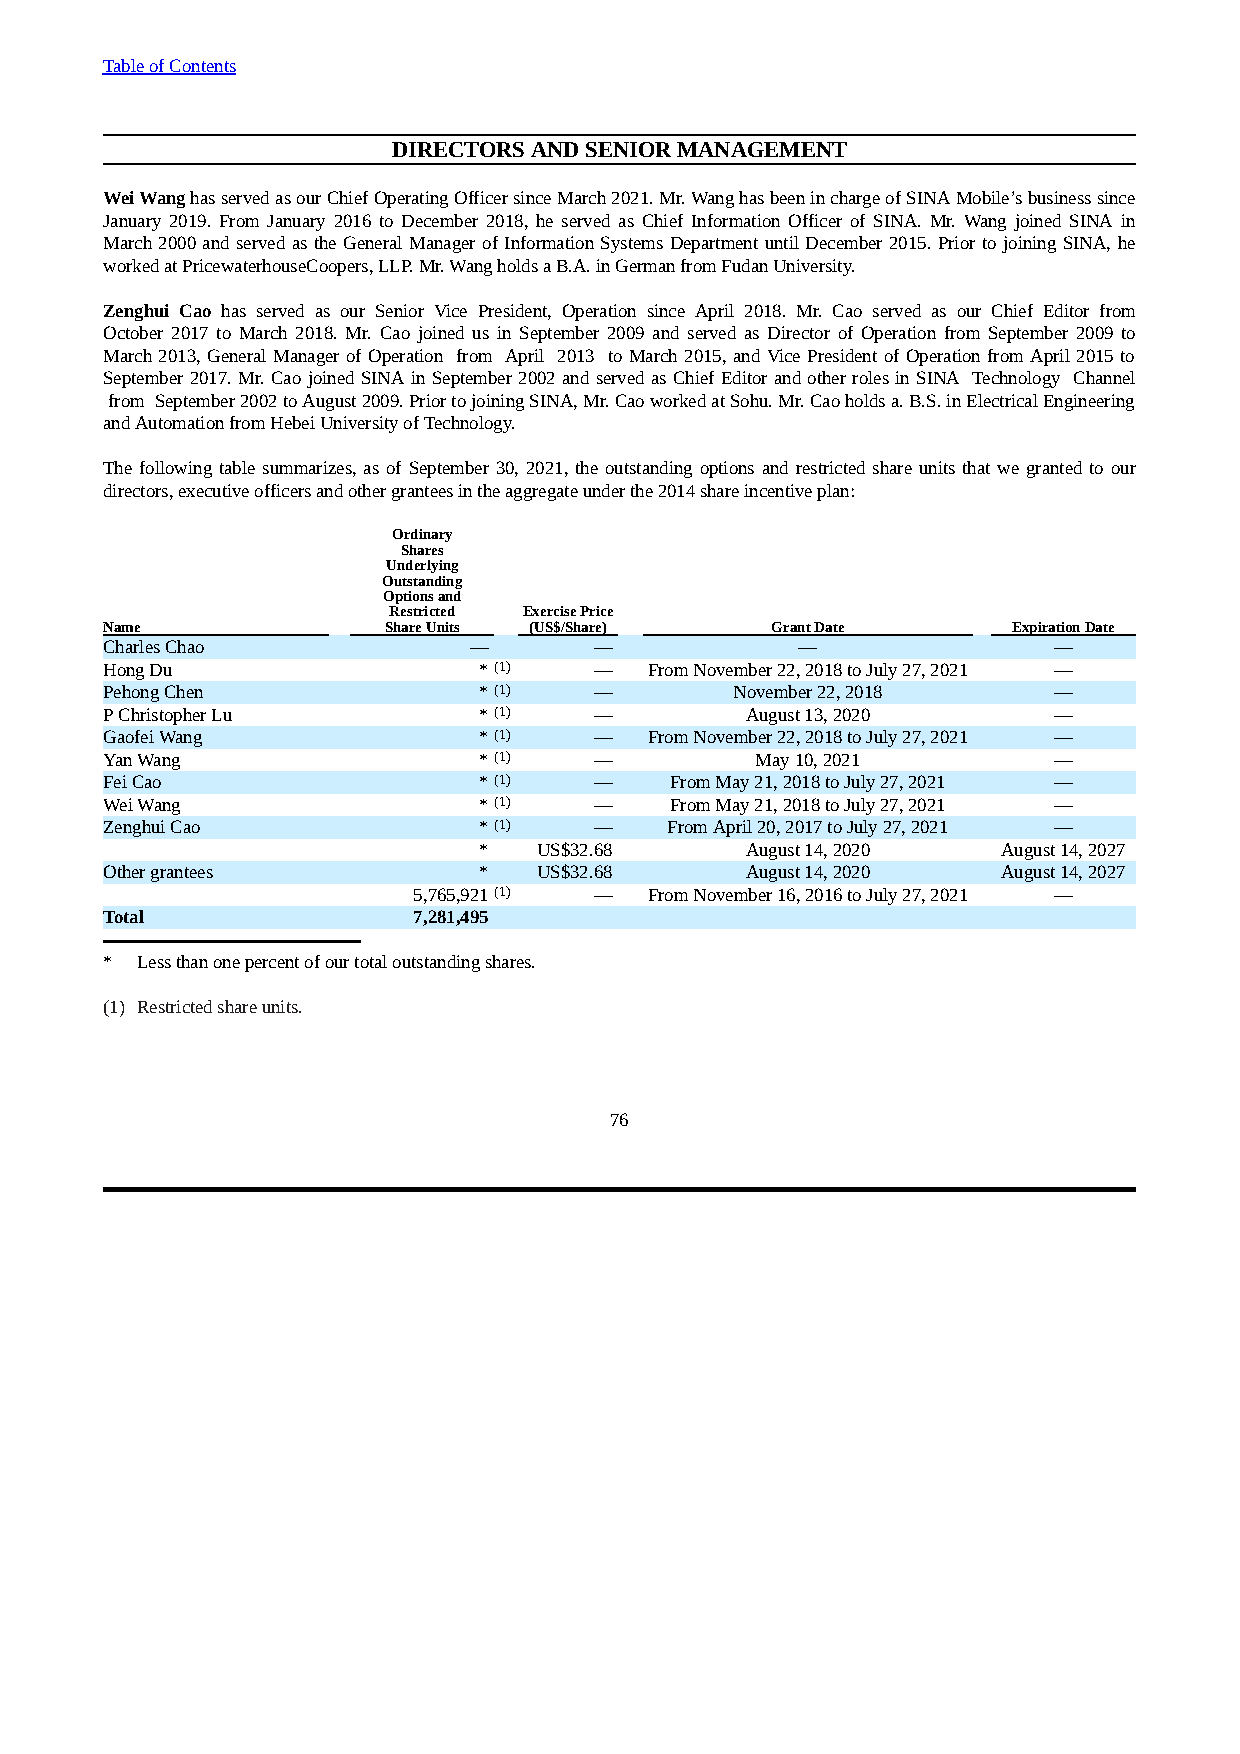
Table of Contents
 DIRECTORS AND SENIOR MANAGEMENT
 Wei Wang has served as our Chief Operating Officer since March 2021. Mr. Wang has been in charge of SINA Mobile’s business since
 January 2019. From January 2016 to December 2018, he served as Chief Information Officer of SINA. Mr. Wang joined SINA in
 March 2000 and served as the General Manager of Information Systems Department until December 2015. Prior to joining SINA, he
 worked at PricewaterhouseCoopers, LLP. Mr. Wang holds a B.A. in German from Fudan University.
 Zenghui Cao has served as our Senior Vice President, Operation since April 2018. Mr. Cao served as our Chief Editor from
 October 2017 to March 2018. Mr. Cao joined us in September 2009 and served as Director of Operation from September 2009 to
 March 2013, General Manager of Operation from April 2013 to March 2015, and Vice President of Operation from April 2015 to
 September 2017. Mr. Cao joined SINA in September 2002 and served as Chief Editor and other roles in SINA Technology Channel
 from September 2002 to August 2009. Prior to joining SINA, Mr. Cao worked at Sohu. Mr. Cao holds a. B.S. in Electrical Engineering
 and Automation from Hebei University of Technology.
 The following table summarizes, as of September 30, 2021, the outstanding options and restricted share units that we granted to our
 directors, executive officers and other grantees in the aggregate under the 2014 share incentive plan:
 Ordinary
 Shares
 Underlying
 Outstanding
 Options and
 Restricted Exercise Price
 Name              Share Units (US$/Share)   Grant Date      Expiration Date
 Charles Chao            —       —             —                —
 Hong Du                  *(1)   —   From November 22, 2018 to July 27, 2021 —
 Pehong Chen              *(1)   —         November 22, 2018    —
 P Christopher Lu         *(1)   —         August 13, 2020      —
 Gaofei Wang              *(1)   —   From November 22, 2018 to July 27, 2021 —
 Yan Wang                 *(1)   —          May 10, 2021        —
 Fei Cao                  *(1)   —    From May 21, 2018 to July 27, 2021 —
 Wei Wang                 *(1)   —    From May 21, 2018 to July 27, 2021 —
 Zenghui Cao              *(1)   —    From April 20, 2017 to July 27, 2021 —
 *   US$32.68     August 14, 2020  August 14, 2027
 Other grantees           *   US$32.68     August 14, 2020  August 14, 2027
 5,765,921(1) —  From November 16, 2016 to July 27, 2021 —
 Total               7,281,495
 * Less than one percent of our total outstanding shares.
 (1) Restricted share units.
 76